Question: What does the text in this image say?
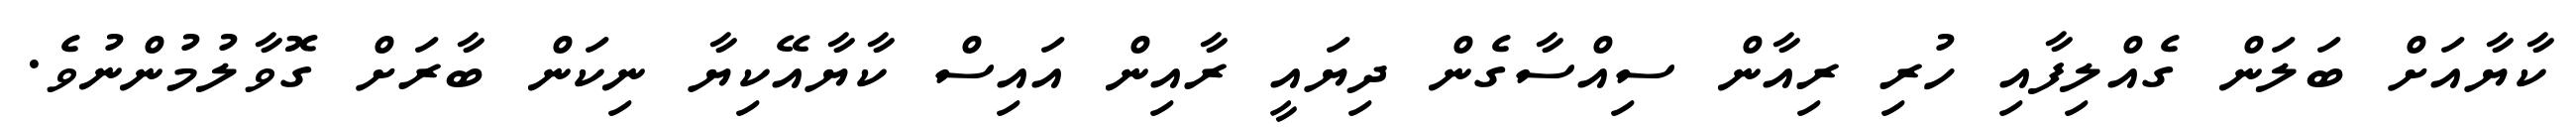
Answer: ކާޔާއަށް ބަލަން ގެއްލިފާއި ހުރި ރިއާން ސިއްސާގެން ދިޔައީ ރާއިން އައިސް ކާޔާއޭކިޔާ ނިކަން ބާރަށް ގޮވާލުމުންނުވެ.